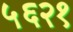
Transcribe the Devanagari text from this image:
५६२१